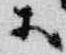
等